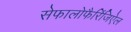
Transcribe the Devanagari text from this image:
सेफालोफैरिंजिऐल